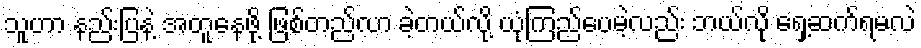
သူဟာ နည်းပြနဲ့ အတူနေဖို့ ဖြစ်တည်လာ ခဲ့တယ်လို့ ယုံကြည်ပေမဲ့လည်း ဘယ်လို ရှေ့ဆက်ရမလဲ